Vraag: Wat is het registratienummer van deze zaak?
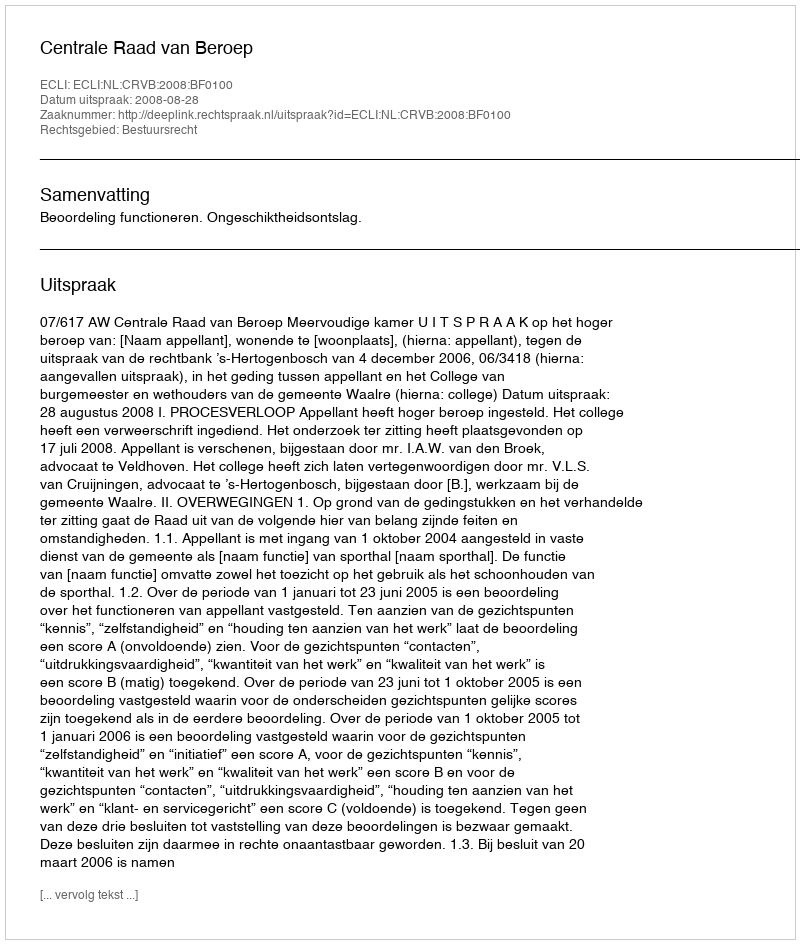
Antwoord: http://deeplink.rechtspraak.nl/uitspraak?id=ECLI:NL:CRVB:2008:BF0100